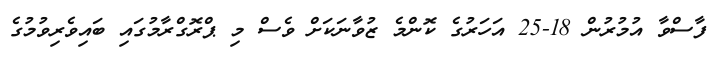
ފާސްވާ އުމުރުން 18-25 އަހަރުގެ ކޮންމެ ޒުވާނަކަށް ވެސް މި ޕްރޮގްރާމުގައި ބައިވެރިވުމުގެ